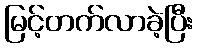
မြင့်တက်လာခဲ့ပြီး